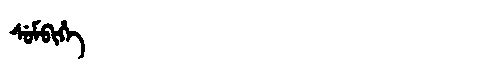
Manchu: ᠰᡠᠮᠪᡳᡥᡝ
Romanization: SUMBIHE